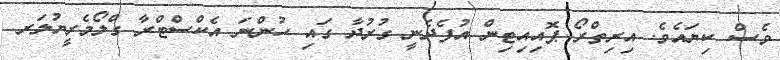
ވެސް ކިޔައެވެ. އިރިތްރޯ ޕޮއިއިޓިން އުފެދެނީ ގުރުދާ ގައި ހުންނަ އެކްސްޓްރާ ގްލޯމެރީޔުލަރ